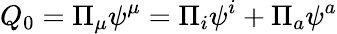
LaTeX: Q_{0}=\Pi_{\mu}\psi^{\mu}=\Pi_{i}\psi^{i}+\Pi_{a}\psi^{a}